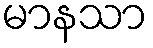
မာနသာ